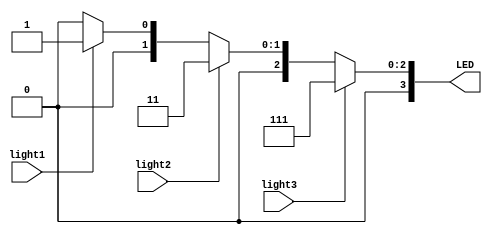
`timescale 1ns / 1ps
//////////////////////////////////////////////////////////////////////////////////
// Company: 
// Engineer: 
// 
// Design Name: 
// Module Name:    display_LED 
// Project Name: 
// Target Devices: 
// Tool versions: 
// Description: 
//
// Dependencies: 
//
// Revision: 
// Revision 0.01 - File Created
// Additional Comments: 
//
//////////////////////////////////////////////////////////////////////////////////
module display_LED(light1,light2,light3,LED);  //LED
  input wire light1,light2,light3;
  output reg [3:0]LED;
  
  always @(light1 or light2 or light3)
  begin
    if(light3==1)      
	 begin
		LED<=4'b0111;   //
    end	
	 else
	   if(light2==1) LED<=4'b0011;  //
		else 
		  if(light1==1)  LED<=4'b0001;  //
		  else  LED<=4'b0000;    //
  end
  
endmodule